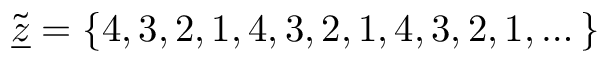
\tilde { \underline { { z } } } = \{ 4 , 3 , 2 , 1 , 4 , 3 , 2 , 1 , 4 , 3 , 2 , 1 , \dots \}